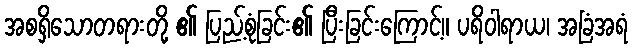
အစရှိသောတရားတို့ ၏ ပြည့်စုံခြင်း၏ ပြီးခြင်းကြောင့်။ ပရိဝါရာယ၊ အခြံအရံ